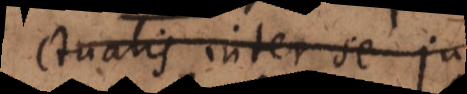
ctualis inter se ju